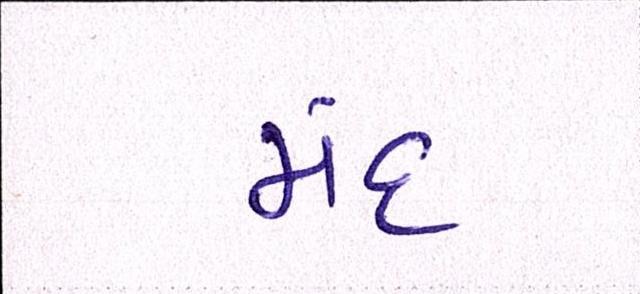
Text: મંદ